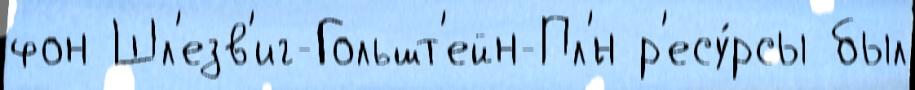
фон Шл'езв'иг-Гольшт'ейн-Пл'́н р'есу́рсы был